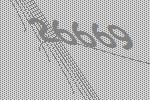
26669